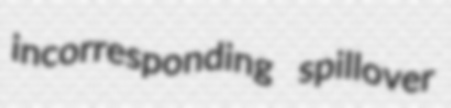
incorresponding spillover